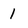
Character: I